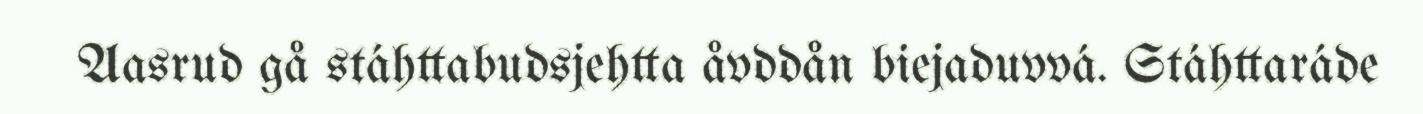
Aasrud gå stáhttabudsjehtta åvddån biejaduvvá. Stáhttaráde